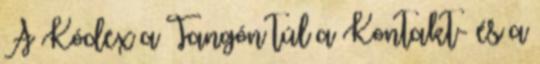
A Kódex a Tangón túl a Kontakt- és a